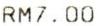
RM7.00